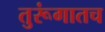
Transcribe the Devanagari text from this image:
तुरूंगातच